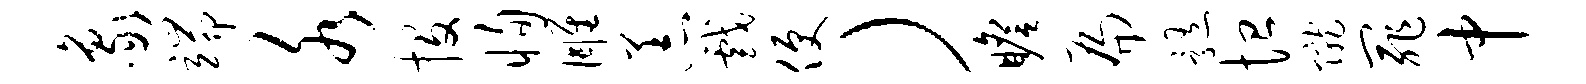
象端水投恂雕恙戏便）瞻扁髓恤陇罪中